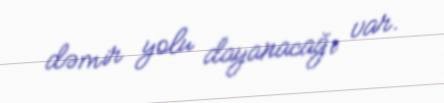
dəmir yolu dayanacağı var.